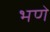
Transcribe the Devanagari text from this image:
भणे